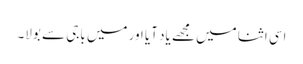
اسی اثنا میں مجھے یاد آیا اور میں باجی سے بولا۔